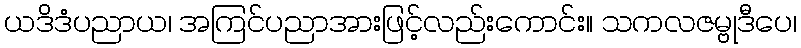
ယဒိဒံပညာယ၊ အကြင်ပညာအားဖြင့်လည်းကောင်း။ သကလဇမ္ဗုဒီပေ၊